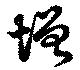
増